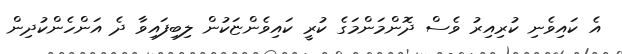
އެ ކައިވެނި ކުރިއިރު ވެސް ދޮންމަންމަގެ ކުރީ ކައިވެންޏަކުން ލިބިފައިވާ ދެ އަންހެންކުދިން